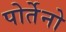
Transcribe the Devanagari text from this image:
पोर्तेनो